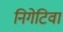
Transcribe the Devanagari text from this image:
निगेटिवा